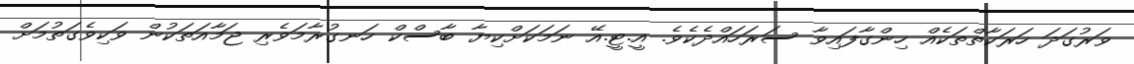
ވަރުގަދަ ހަރަކާތްތަކެއް ހިންގާފައިވާ ސަރަހައްދެކެވެ. އީ.ޓީ.އޭ ނަމަކަށްކިޔާ ބާސްކް ހަނގުރާމަވެރި ޖަމާއަތަކުން ވަކިވެގަތުމަށް